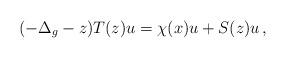
LaTeX: \begin{align*}(-\Delta_g-z)T(z)u=\chi(x)u+S(z)u\,, \end{align*}